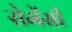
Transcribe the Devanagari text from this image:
रोमेंसी